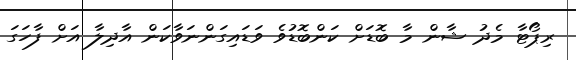
ރިޕޯޓާ މެދު ޝާން މާ ބޮޑަށް ކަންބޮޑުވެ ވަޑައިގަންނަވާކަން އާދިލާ އަށް ފާހަގަ